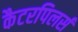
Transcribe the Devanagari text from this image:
कैटरपिलर्स